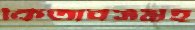
কিতাবসমূহ